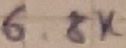
Text: 6.8K